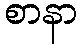
စာနာ